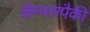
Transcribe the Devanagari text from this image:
कॅम्पसपैकी